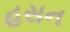
હસન